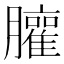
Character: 𰯩